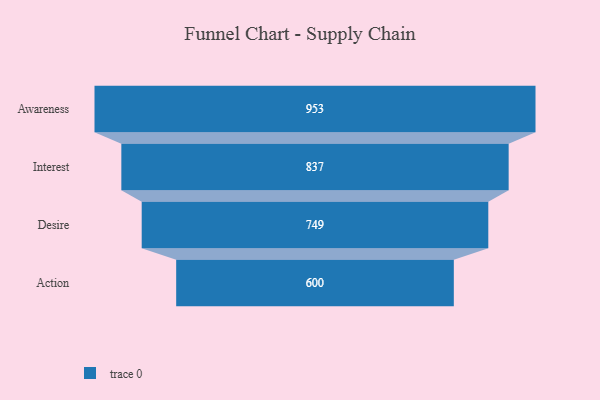
{"axis": {"x": "Stage", "y": "Value"}, "legend": [""], "data": [{"x": "Awareness", "y": 953.0, "type": ""}, {"x": "Interest", "y": 837.0, "type": ""}, {"x": "Desire", "y": 749.0, "type": ""}, {"x": "Action", "y": 600.0, "type": ""}]}